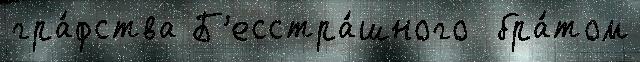
гра́фства Б'есстра́шного  бра́том